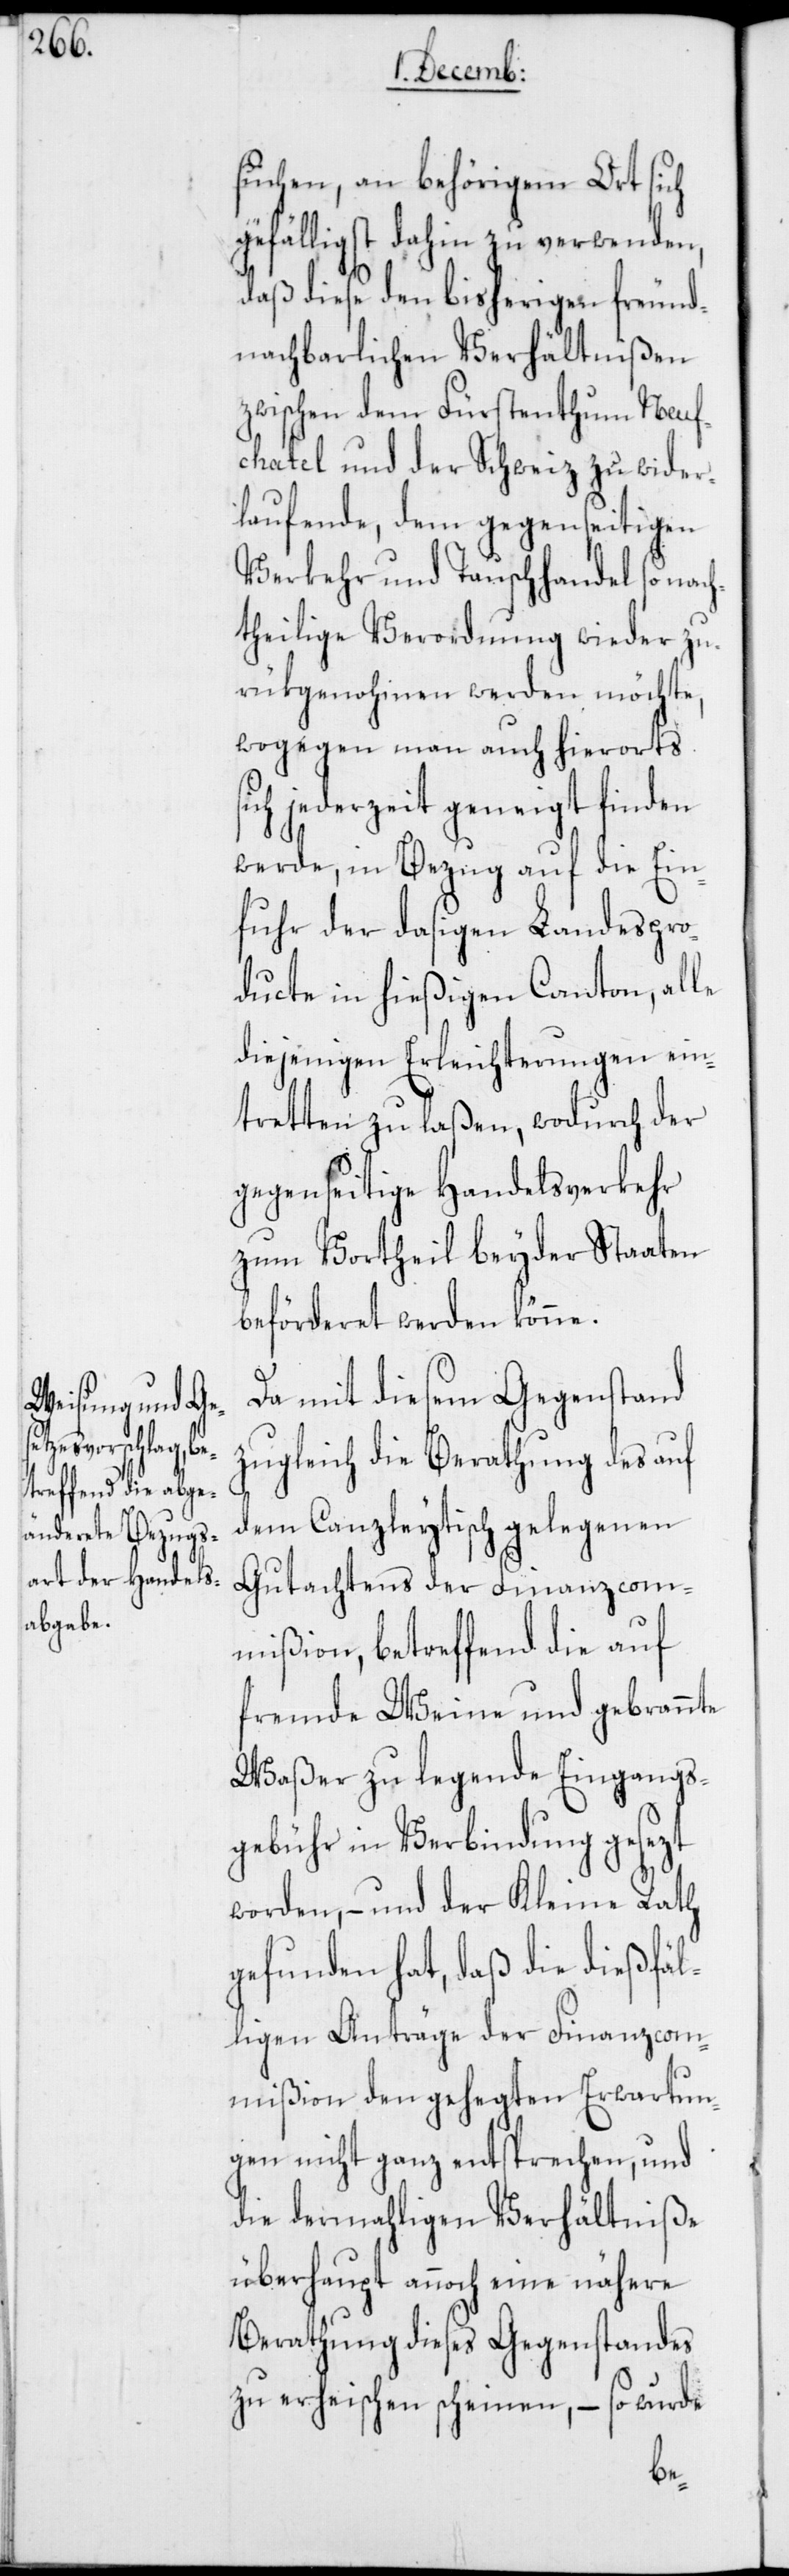
suchen, an behörigem Ort sich
gefälligst dahin zu verwenden,
daß diese den bisherigen freund¬
nachbarlichen Verhältnißen
zwischen dem Fürstenthum Neuf¬
chatel und der Schweiz zuwider¬
laufende, dem gegenseitigen
Verkehr und Tauschhandel so nach¬
theilige Verordnung wieder zu¬
rükgenohmen werden möchte,
wogegen man auch hierorts si¬
ch jederzeit geneigt finden
werde, in Bezug auf die Ein¬
fuhr der dasigen Landespro¬
ducte in hießigen Canton, alle
diejenigen Erleichterungen ein¬
tretten zu laßen, wodurch der
gegenseitige Handelsverkehr
zum Vortheil beyder Staaten
beförderet werden könne.
Da mit diesem Gegenstand
zugleich die Berathung des auf
dem Canzleytisch gelegenen
Gutachtens der Finanzcom¬
mißion, betreffend die auf
fremde Weine und gebrannte
Waßer zu legende Eingangs¬
gebühr in Verbindung gesezt
worden, – und der Kleine Rath
gefunden hat, daß die dießfäl¬
ligen Anträge der Finanzcom¬
mißion den gehegten Erwartun¬
gen nicht ganz entsprechen, und
die dermahligen Verhältniße
überhaupt annoch eine nähere
Berathung dieses Gegenstandes
zu erheischen scheinen, – so wurde